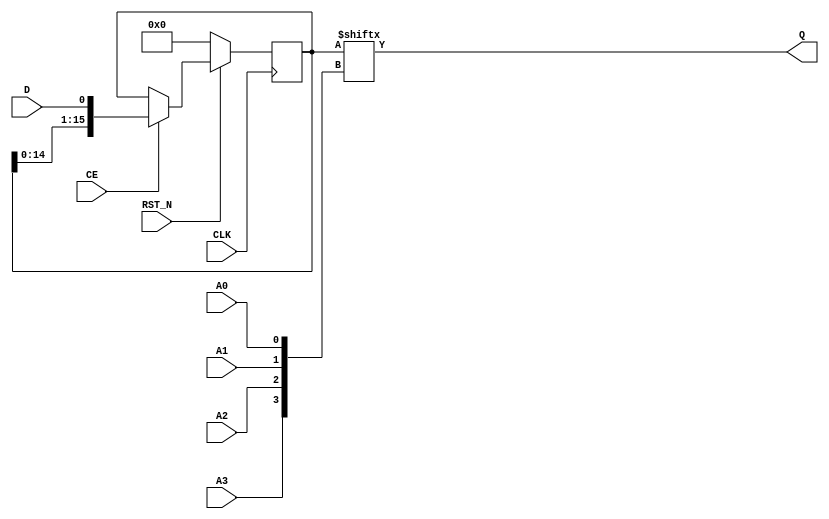
module my_SRL16E_2 #(
   parameter INIT = 16'h0000 
   )( 
     output Q,
     input A0,
     input A1,
     input A2,
     input A3,
     input CE,
     input CLK,
     input RST_N,
     input D
   );
    reg  [15:0] data = INIT;
    assign Q = data[{A3, A2, A1, A0}];
    always @(posedge CLK)
    begin
        if (RST_N == 1'b0)
            {data[15:0]} <= #1 INIT; 
        else
           if (CE == 1'b1) begin
               {data[15:0]} <= #1 {data[14:0], D};
           end
    end
endmodule